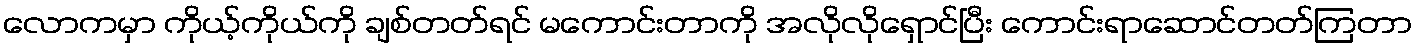
လောကမှာ ကိုယ့်ကိုယ်ကို ချစ်တတ်ရင် မကောင်းတာကို အလိုလိုရှောင်ပြီး ကောင်းရာဆောင်တတ်ကြတာ